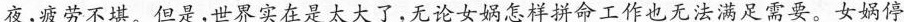
夜，疲劳不堪。但是，世界实在是太大了，无论女娲怎样拼命工作也无法满足需要。女娲停